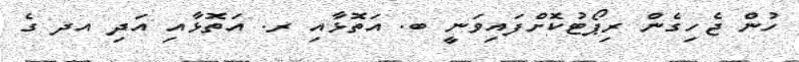
ހުން ޖެހިގެން ރިޕޯޓުކޮށްފައިވަނީ ބ. އަތޮޅާއި ރ. އަތޮޅާއި އަދި އދ ގެ